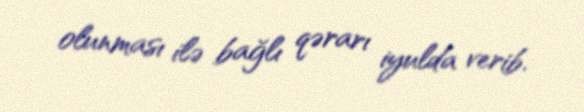
olunması ilə bağlı qərarı iyulda verib.